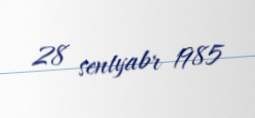
28 sentyabr 1985